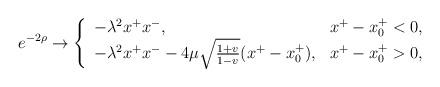
LaTeX: \begin{align*}e^{-2\rho} \rightarrow \left\{\begin{array}{ll} -\lambda^2 x^+x^-, & x^+-x_0^+<0, \\ -\lambda^2 x^+x^- - 4\mu \sqrt{\frac{1+v}{1-v}} (x^+ -x_0^+), & x^+-x_0^+>0,\end{array} \right.\end{align*}